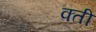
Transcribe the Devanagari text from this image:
क्ती